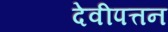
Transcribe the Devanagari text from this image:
देवीपत्तन